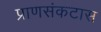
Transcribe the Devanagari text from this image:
प्राणसंकटास